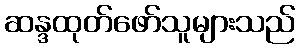
ဆန္ဒထုတ်ဖော်သူများသည်